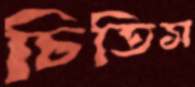
চিতিস